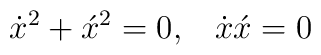
\dot x^2+\acute x^2=0,\;\;\;\dot x \acute x=0